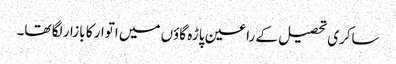
ساکری تحصیل کے راعین پاڑہ گاؤں میں اتوار کا بازار لگا تھا۔